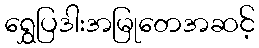
ရွှေပြဒါးအမြုတေအဆင့်